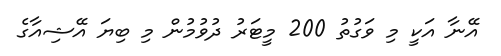
އޭނާ އަކީ މި ވަގުތު 200 މީޓަރު ދުވުމުން މި ބިޔަ އޭޝިއާގެ